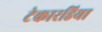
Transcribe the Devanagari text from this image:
टेकारडिया